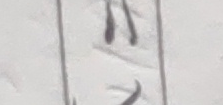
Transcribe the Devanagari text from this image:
रा